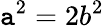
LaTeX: \mathtt{a}^{2}=2b^{2}